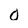
Character: 0